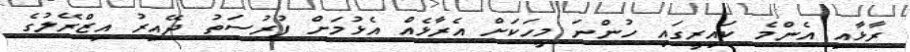
ރާޅާއި އެންމެ ކައިރީގައި ހުންނަ މީހަކަށް އެރާޅެއް އެޅުމަށް ފުރުސަތު ދޭއިރު އިޒްރޭލުގެ